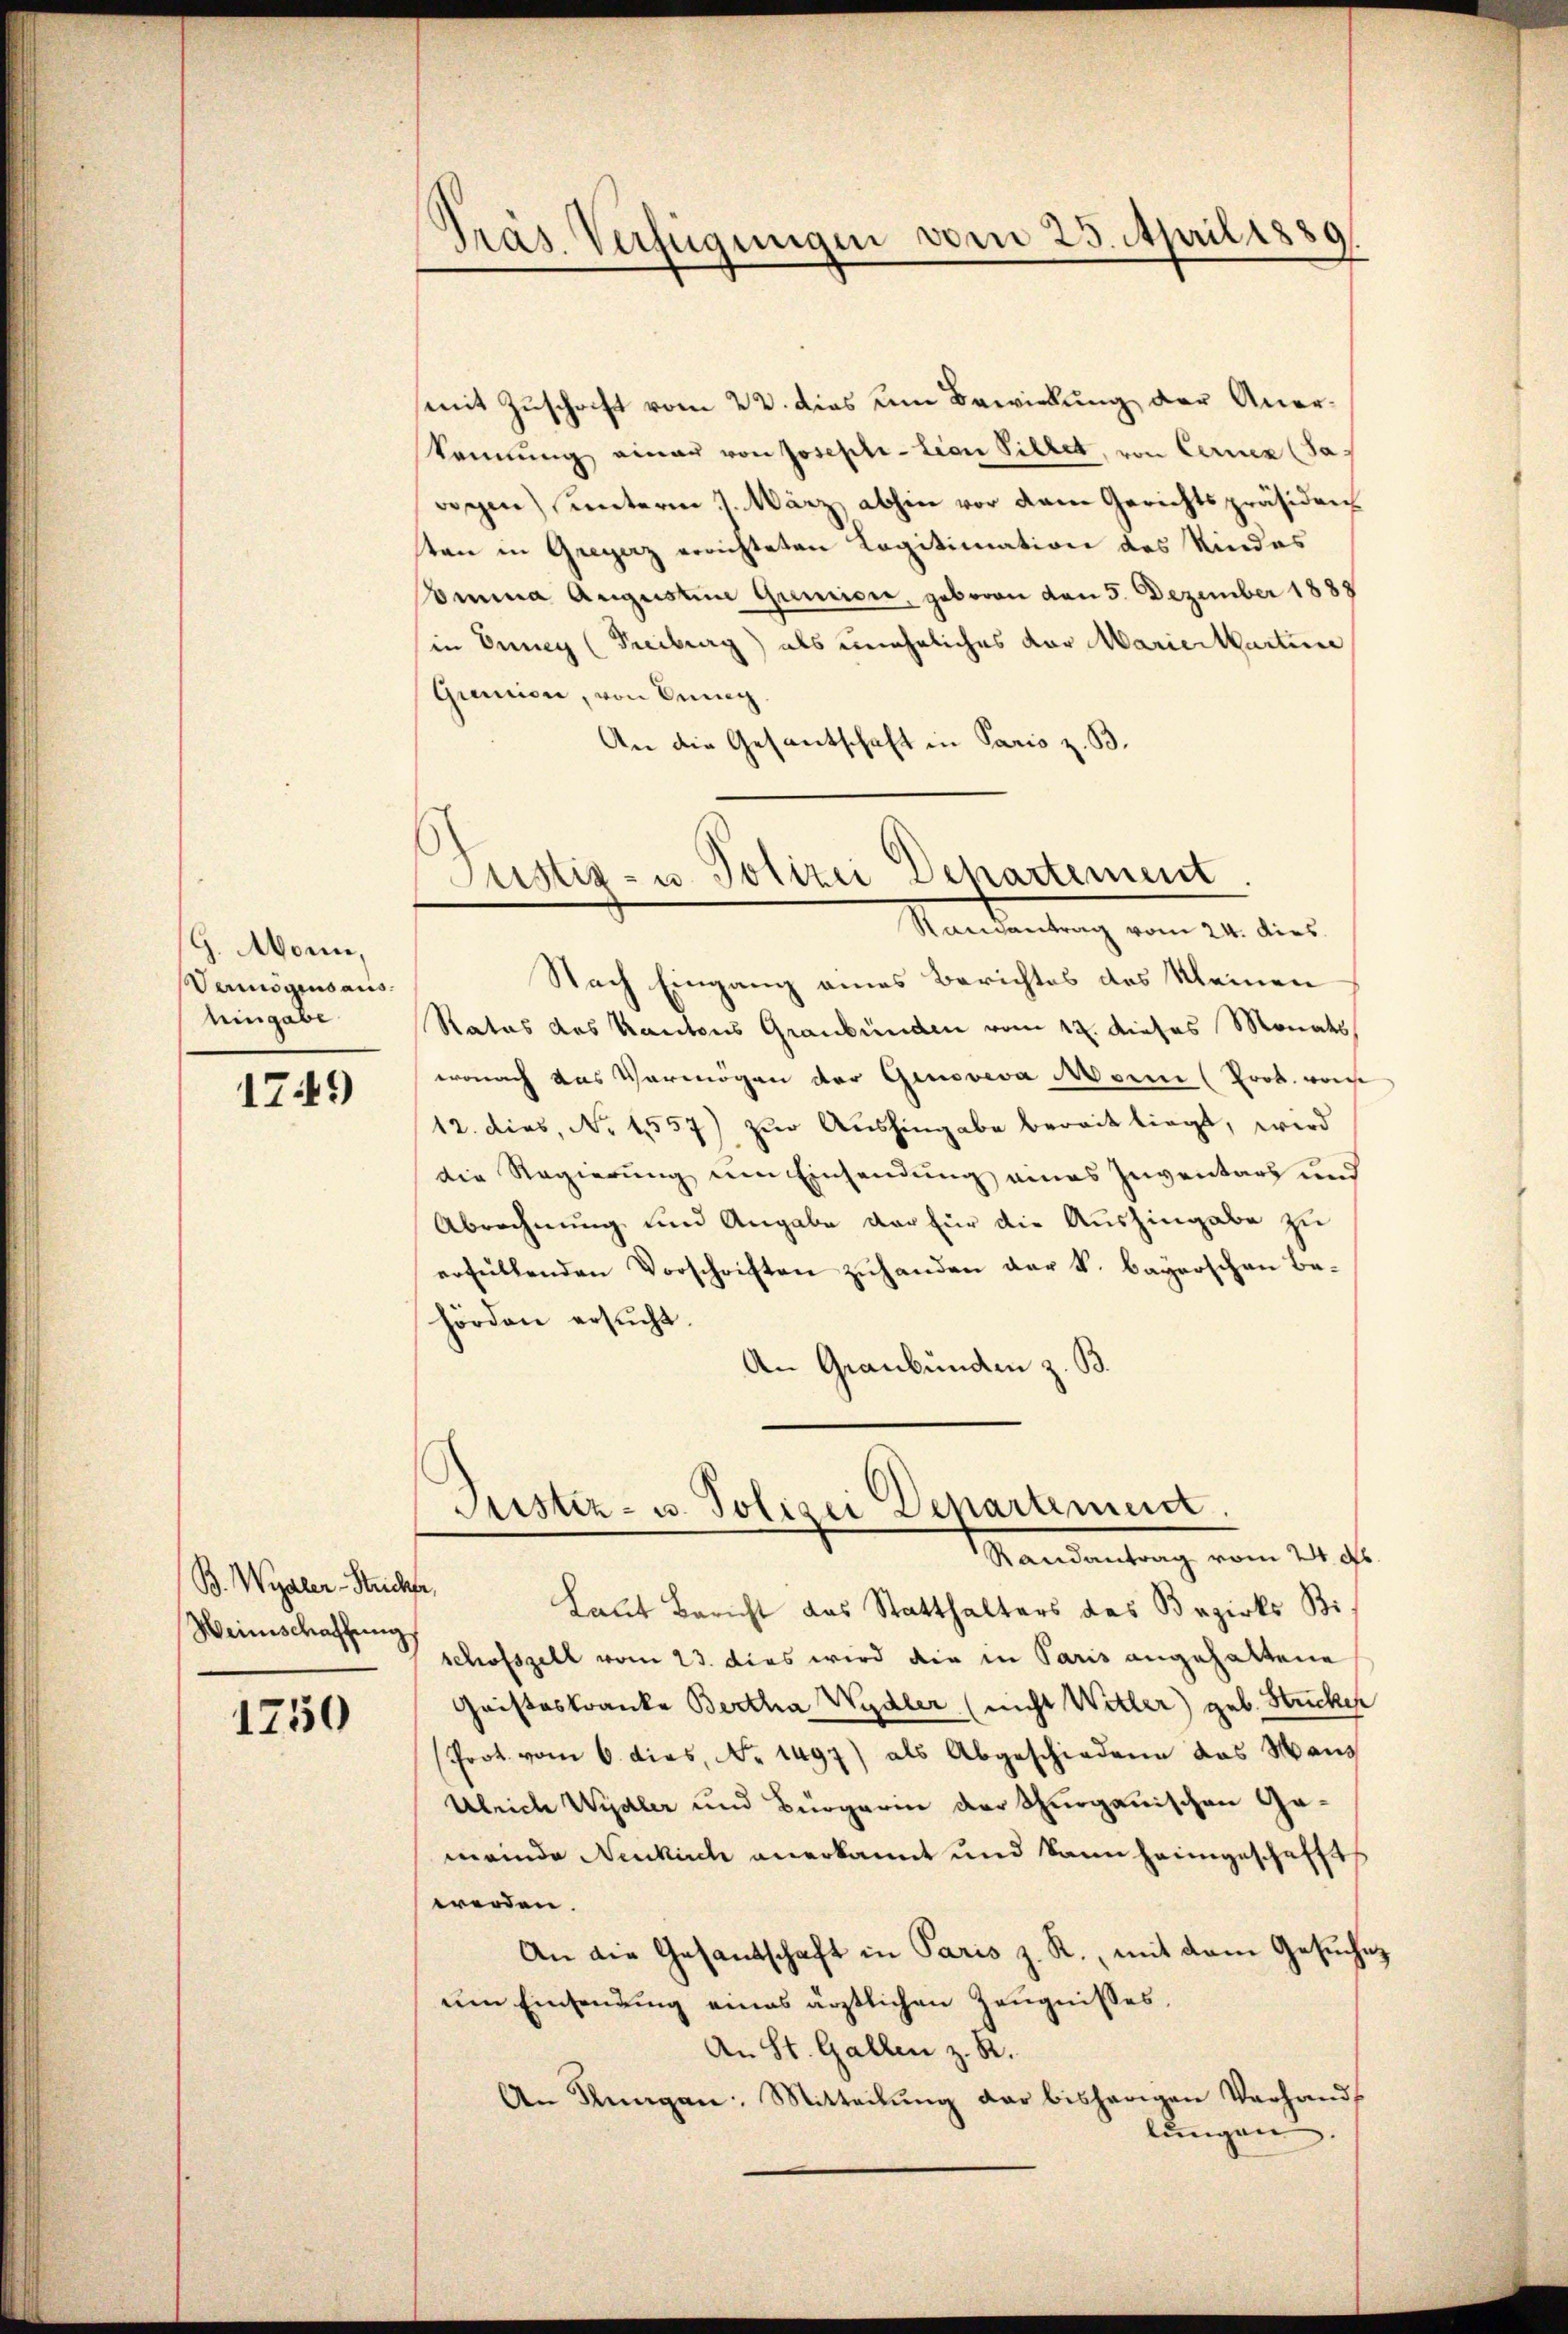
G. Monn,
Vermögensaus
hingabe

1749

B. Wydler-Stuch
Weinschaffung

1250

Präs. Verfügungen vom 25. April 1889.

mit Zuschrift vom 22. dies um Bewirkung der Anerkennung einau von Josephi-lian Pillet, von Cernen (Saf
rogen) unterm 7. März abhin vor dem Gerichtspräsiden
ten in Greyerz errichteten Legitimation des Kindes
omma Augustin Gumien, geboren von 5. Dezember 1888
in Enney (Freiburg) als uneheliches der Mariertartine
Granien, von Dring
An die Gesantschaft in Paris z. B.

Justiz- u. Polizei Departement
Randantrag vom 24. dies

Nach Eingang eines Berichtes des Kleinen
Ratus des Kantons Graubünden vom 12. dieses Monats
wonach das Vermögen der Genoveva Mann (Lorb. weise
12. dies, No 1557) zur Aushingabe bereit liegt, wird
die Regierung um Einsendung eines Inventars und
Abrechnung und Angabe der für die Aushingabe zu
erfüllenden Vorschriften zŭhanden der k. bayerschen Be-
hörden ersŭcht.
An Graubünden z. B.

Justiz- u. Polizei Departement.
Randantrag vom 24. ds.

,
Laut Bericht das Statthalters des Bezirks Bi
schofszell vom 23. dies wird die in Paris angehaltene
Gristeskranke Bertha Wydler (nicht Witter) geb. Stricker
Prot. vom 6. dies, No. 1497) als Abgeschiedene das Mans
Ulrich Wydler und Bürgerin der Thurgauischen Gemeinde Neukirch anerkannt und kann heimgeschafft
werden.
An die Gesandtschaft in Paris z. R., mit dem Gesuche
um Einsendung eines ärztlichen Zeugnisses,
An St. Gallen z. R.
An Kŭngen Mitteilŭng dar bisherigen Verhands
lungen.